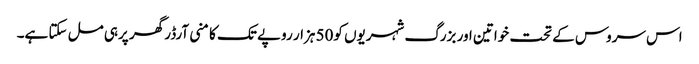
اس سروس کے تحت خواتین اور بزرگ شہریوں کو50 ہزار روپے تک کا منی آرڈر گھر پرہی مل سکتا ہے۔